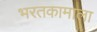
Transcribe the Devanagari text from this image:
भरतकामाला